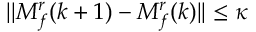
\lvert | M _ { f } ^ { r } ( k + 1 ) - M _ { f } ^ { r } ( k ) \rvert | \leq \kappa